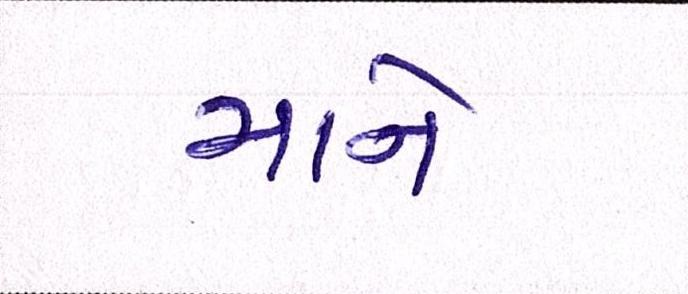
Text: માને